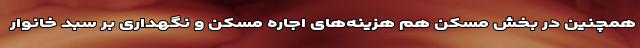
همچنین در بخش مسکن هم هزینه‌های اجاره مسکن و نگهداری بر سبد خانوار